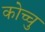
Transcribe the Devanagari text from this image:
कोच्चु